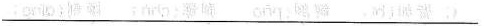
___